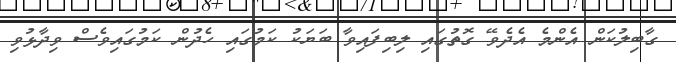
ގާބިލުކަން އެންމެ އެދެވޭ ގޮތުގައި ލިބިފައިވާ ބަޔަކު ކަމުގައި ހެދުން ކަމުގައިވެސް ވިދާޅުވި